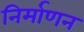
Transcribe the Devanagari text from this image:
निर्माणन